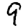
Digit: 9